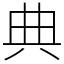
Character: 典